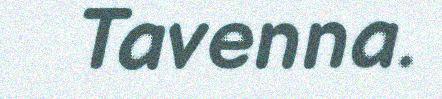
Tavenna.